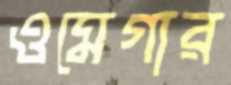
ওমেগার